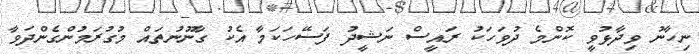
ނިހާނު ވިދާޅުވީ ކޮންމެ ދުވަހަކު ރައީސް ނަޝީދު ފަސޭހަކަމާ އެކު ގާނޫނުތައް މުގުރަމުންގެންދަވާ